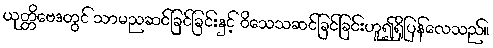
ယုတ္တိဗေဒတွင် သာမညဆင်ခြင်ခြင်းနှင့် ဝိသေသဆင်ခြင်ခြင်းဟူ၍ရှိပြန်လေသည်။